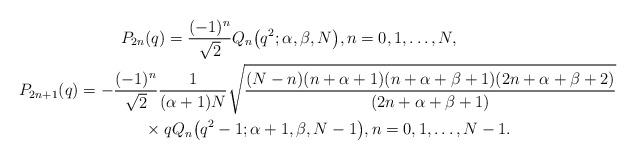
LaTeX: \begin{gather*}{P}_{2n} (q) = \frac{(-1)^n}{\sqrt{2}} {Q}_n\big(q^2;\alpha,\beta,N\big), n=0,1,\ldots,N,\\P_{2n+1} (q) = - \frac{(-1)^n}{\sqrt{2}}\frac{1}{(\alpha+1)N} \sqrt{\frac{(N-n)(n+\alpha+1)(n+\alpha+\beta+1)(2n+\alpha+\beta+2)}{(2n+\alpha+\beta+1)}} \\\hphantom{P_{2n+1} (q) =}{} \times q {Q}_n\big(q^2-1;\alpha+1,\beta,N-1\big), n=0,1,\ldots,N-1.\end{gather*}